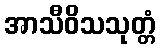
အာသီဝိသသုတ္တံ